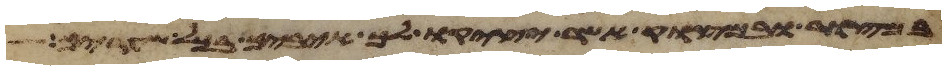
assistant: במצור ובמצוק אשר יציק לך איביך בכל שעריך